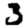
Digit: 3